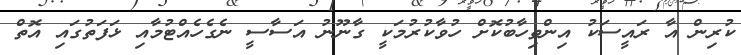
ކުރިން އާ ރައީސަކު އިންތިހާބުކޮށް ހުވާކުރުމަކީ ގާނޫނު އަސާސީ ނެގެހެއްޓުމާއި ޅަފަތުގައި އޮތް